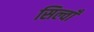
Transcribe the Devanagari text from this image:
सिल्वाँ